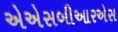
એએસબીઆરએસ